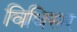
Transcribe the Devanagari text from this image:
विधिसर